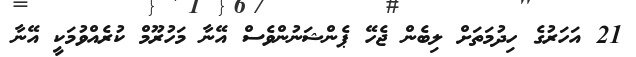
21 އަހަރުގެ ހިދުމަތަށް ލިބެން ޖެހޭ ޕެންޝަނުންވެސް އޭނާ މަހުރޫމް ކުރެއްވުމަކީ އޭނާ